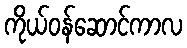
ကိုယ်ဝန်ဆောင်ကာလ